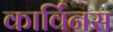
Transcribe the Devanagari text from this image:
कार्विनस